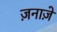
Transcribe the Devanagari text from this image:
ज़नाज़े